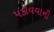
પકાવવાની